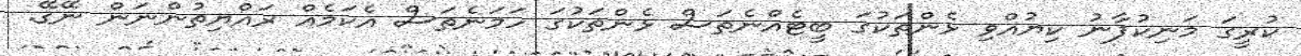
ކުރީގަ މަނިކުފާނު ކިޔުއްވި ޅެންތަކުގަ ބީޓެއްނެތަސް ޅެންތަކުގަ ހަމަނެތަސް އެކަމެއް ރައްޔިތުންނަން ނޭގޭ.